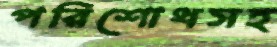
পরিশোধসহ